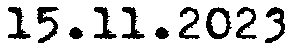
15.11.2023